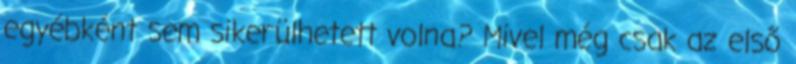
egyébként sem sikerülhetett volna? Mivel még csak az első